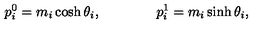
p _ { i } ^ { 0 } = m _ { i } \cosh \theta _ { i } , \qquad \qquad p _ { i } ^ { 1 } = m _ { i } \sinh \theta _ { i } ,